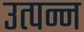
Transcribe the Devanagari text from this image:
उत्‍पन्‍न्‍ा